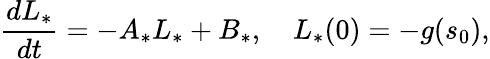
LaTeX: \frac{dL_{*}}{dt}=-A_{*}L_{*}+B_{*},\quad L_{*}(0)=-g(s_{0}),